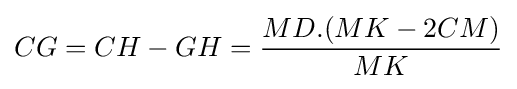
CG=CH-GH={\frac {MD.(MK-2CM)}{MK}}